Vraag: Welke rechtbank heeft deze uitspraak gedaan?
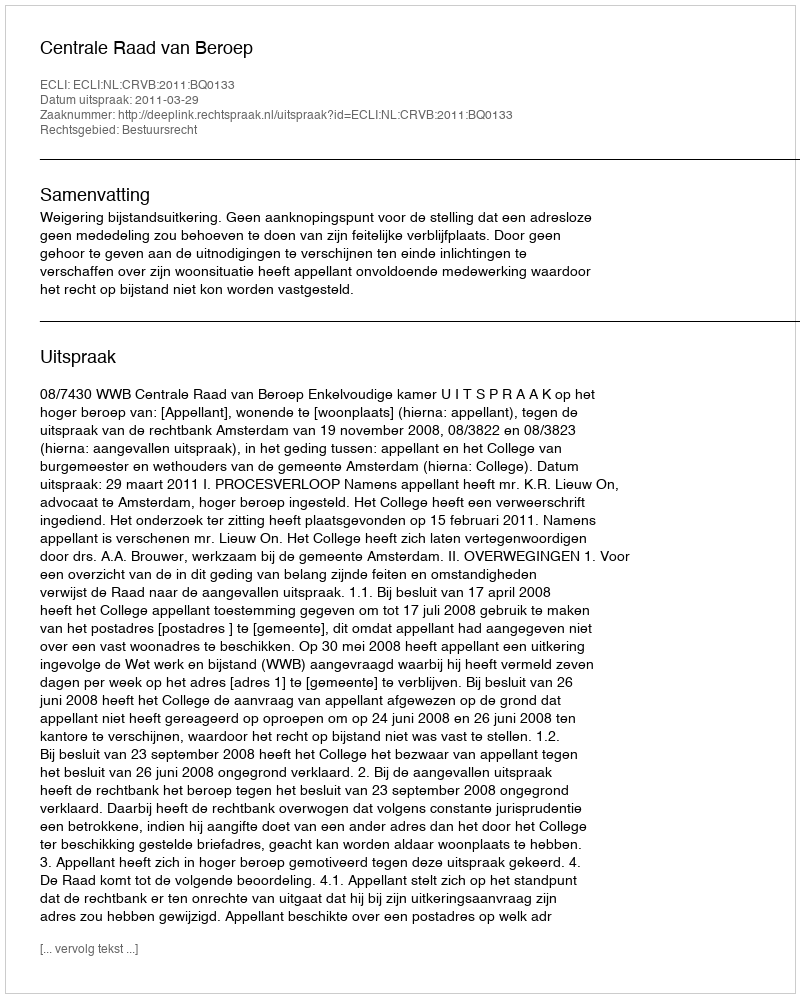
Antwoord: Centrale Raad van Beroep